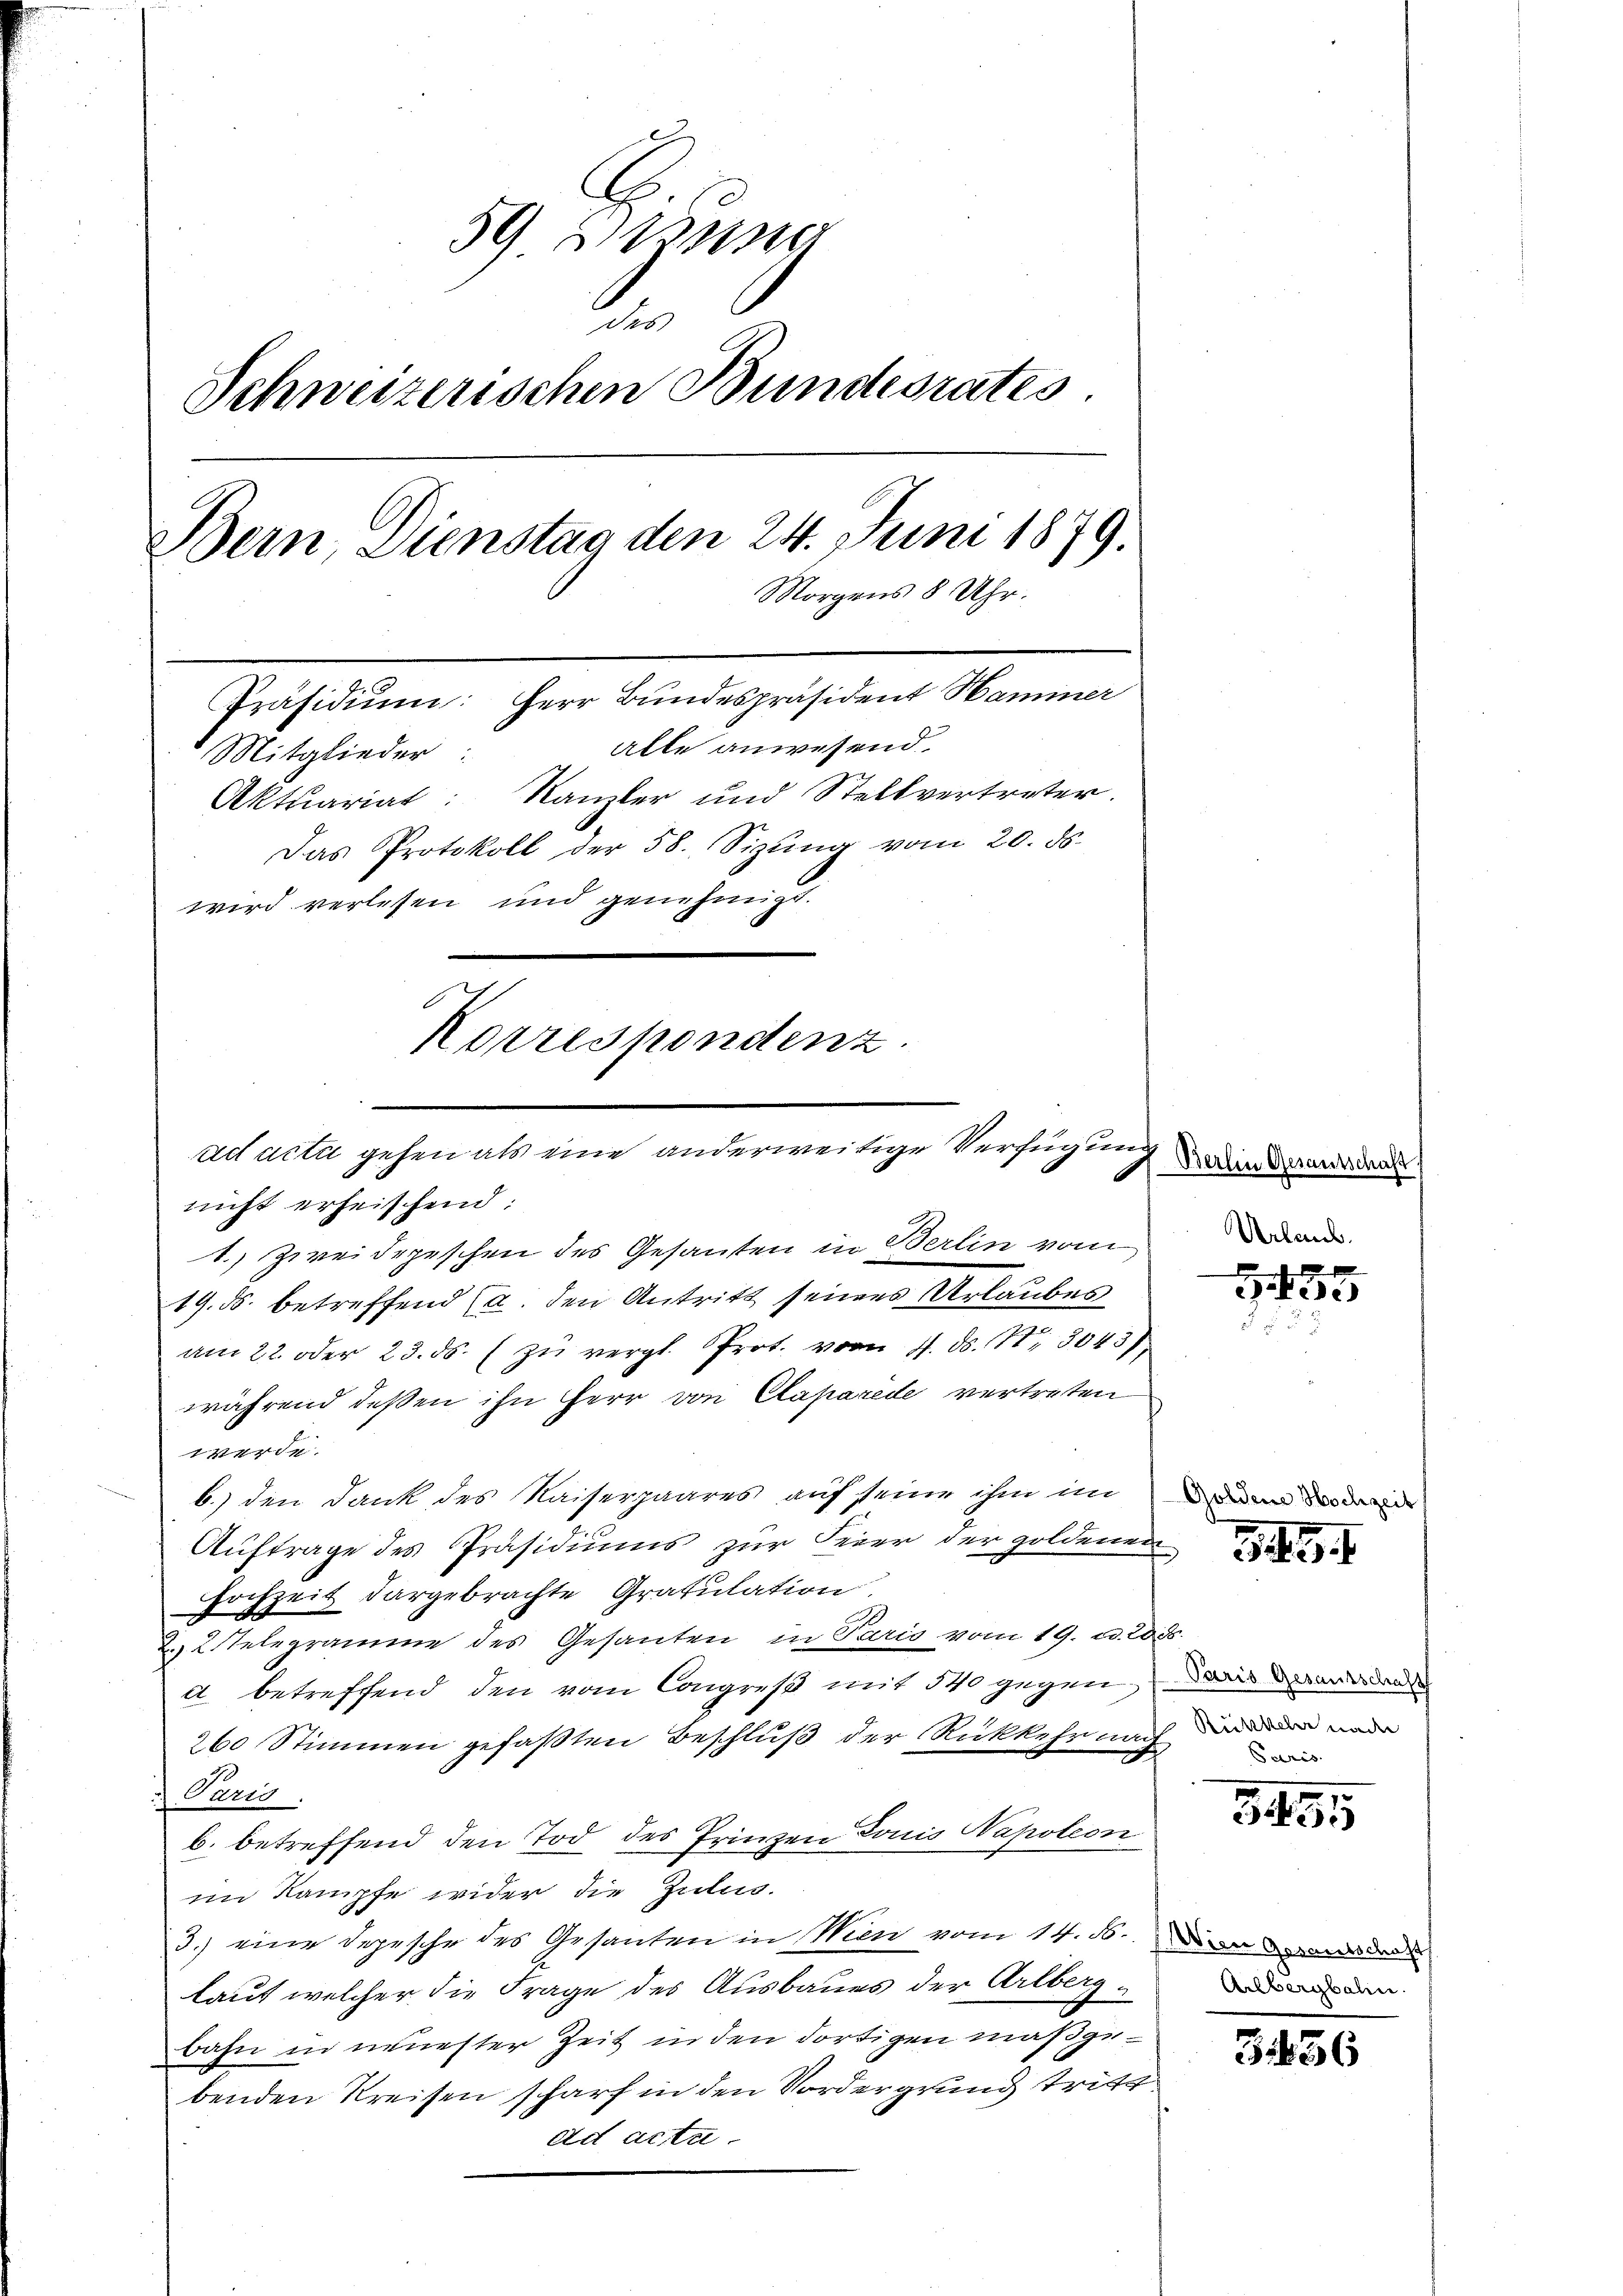
59 sezung
Schweizerischen Bundesrates
Bern, Dienstag den 24. Juni 1879.
Morgens 8 Uhr.
Präsidium: Herr Bundespräsident Hammer
alle anwesend.
Mitglieder:
Aktuariat: Kanzler und Stellvertreter.
Das Protokoll der 58. Sizŭng vom 20. ds.
wird verlesen und genehmigt.
Korrespondenz.
ad acta gehen als eine anderweitige Verfügung

1.) Zweidepeschen des Gesanten in Berlin vom

nicht erheischend:
19. ds. betreffend (a. den Antritt seines Urlaubes
am 22. oder 23. ds. zŭ vergl. Prot. vom 7. ds. Nr. 3043/
während deßen ihn Herr von Caparede vertreten
werde.
b.) den Dank des Kaiserpaares auf seine ihm im den der drei
Auftrage des Präsidiums zur Feier der Holdenen
Hochzeit dargebrachte Gratulation
2. 2. Telegramme des Gesanten in Paris vom 19. d. 2035.
d betreffend den vom Congreß mit 540 gegen das ande
260 Stimmen gefaβten Beschlŭβ der Rückkehr nach
) Paris
b. betreffend den Tod des Prinzen Louis Napoleon
im Kampfe wider die Zulus.
3.) eine Depesche des Gesanten in Wien vom 14. ds. Die von de
lauf welcher die Frage des Ausbaues der Arlberg
bahn in neuester Zeit in den dortigen maßgebenden Kreisen scharf in den Vordergrund tritt
ad actu

Berlin Gesantschaft
Urlaub.

e
3

491

Rückkehr nade

3495

Arlbergbahn.

3456